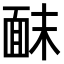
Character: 𫖀